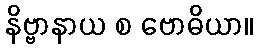
နိဗ္ဗာနာယ စ ဗောဓိယာ။